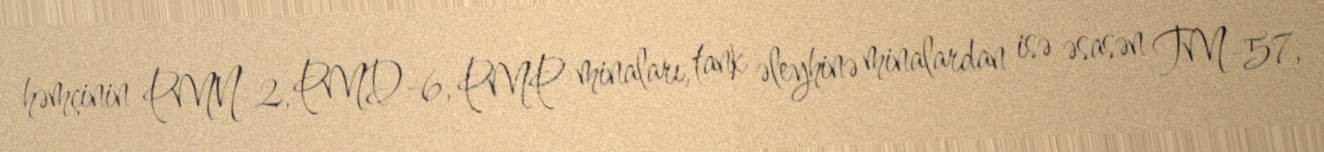
həmçinin PMN-2, PMD-6, PMP minaları, tank əleyhinə minalardan isə əsasən TM-57,